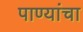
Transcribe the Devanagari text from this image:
पाण्यांचा